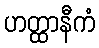
ဟတ္ထာနီကံ